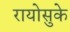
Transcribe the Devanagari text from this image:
रायोसुके